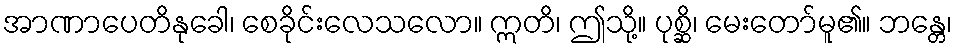
အာဏာပေတိနုခေါ၊ စေခိုင်းလေသလော။ ဣတိ၊ ဤသို့။ ပုစ္ဆိ၊ မေးတော်မူ၏။ ဘန္တေ၊